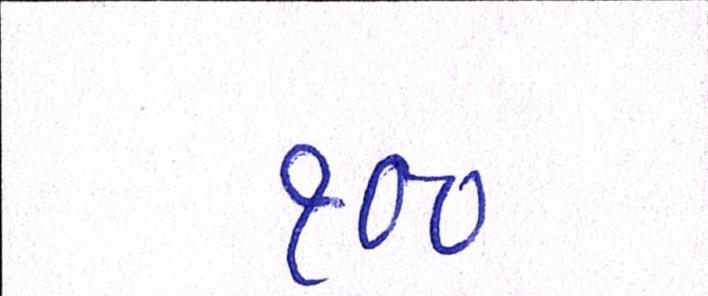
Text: ૧૦૦